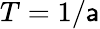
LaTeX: T=1/\mathsf{a}